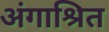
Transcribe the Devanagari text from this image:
अंगाश्रित